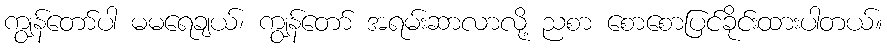
ကျွန်တော်ပါ မမရေချယ်၊ ကျွန်တော် အရမ်းဆာလာလို့ ညစာ စောစောပြင်ခိုင်းထားပါတယ်။